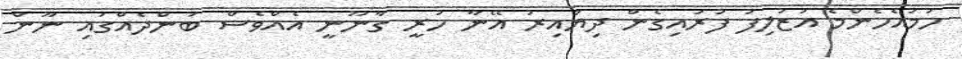
ހަމައެހެންމެ އަޒުލިފު ފުރައިގެން ދިޔައިރު އޭނާ ހުރީ ގާނޫނީ އެއްވެސް ބަންދެއްގައި ނޫން